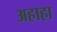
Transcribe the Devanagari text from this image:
अहाहा